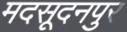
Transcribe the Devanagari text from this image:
मदसूदनपुर